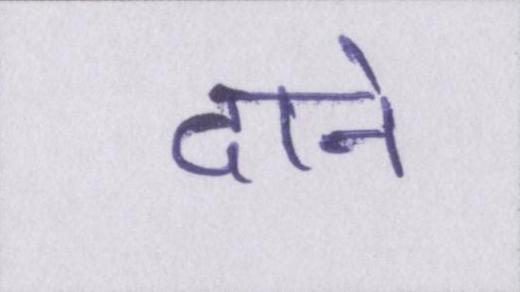
दाने